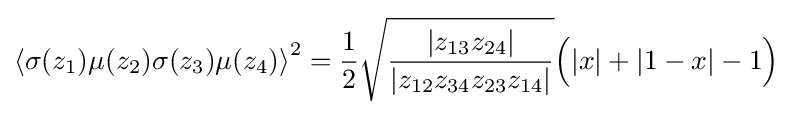
\left\langle \sigma (z_{1})\mu (z_{2})\sigma (z_{3})\mu (z_{4})\right\rangle ^{2}={\frac {1}{2}}{\sqrt {\frac {|z_{13}z_{24}|}{|z_{12}z_{34}z_{23}z_{14}|}}}{\Big (}|x|+|1-x|-1{\Big )}